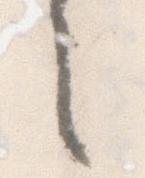
之